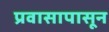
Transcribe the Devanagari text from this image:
प्रवासापासून